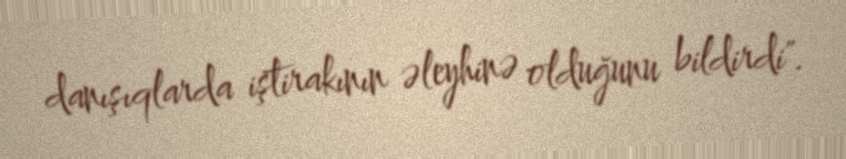
danışıqlarda iştirakının əleyhinə olduğunu bildirdi".